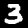
Label: 3